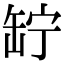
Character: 䍆